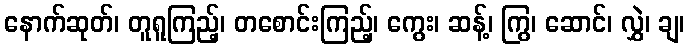
နောက်ဆုတ်၊ တူရူကြည့်၊ တစောင်းကြည့်၊ ကွေး၊ ဆန့်၊ ကြွ၊ ဆောင်၊ လွှဲ၊ ချ၊